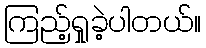
ကြည့်ရှုခဲ့ပါတယ်။